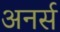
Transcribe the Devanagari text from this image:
अनर्स